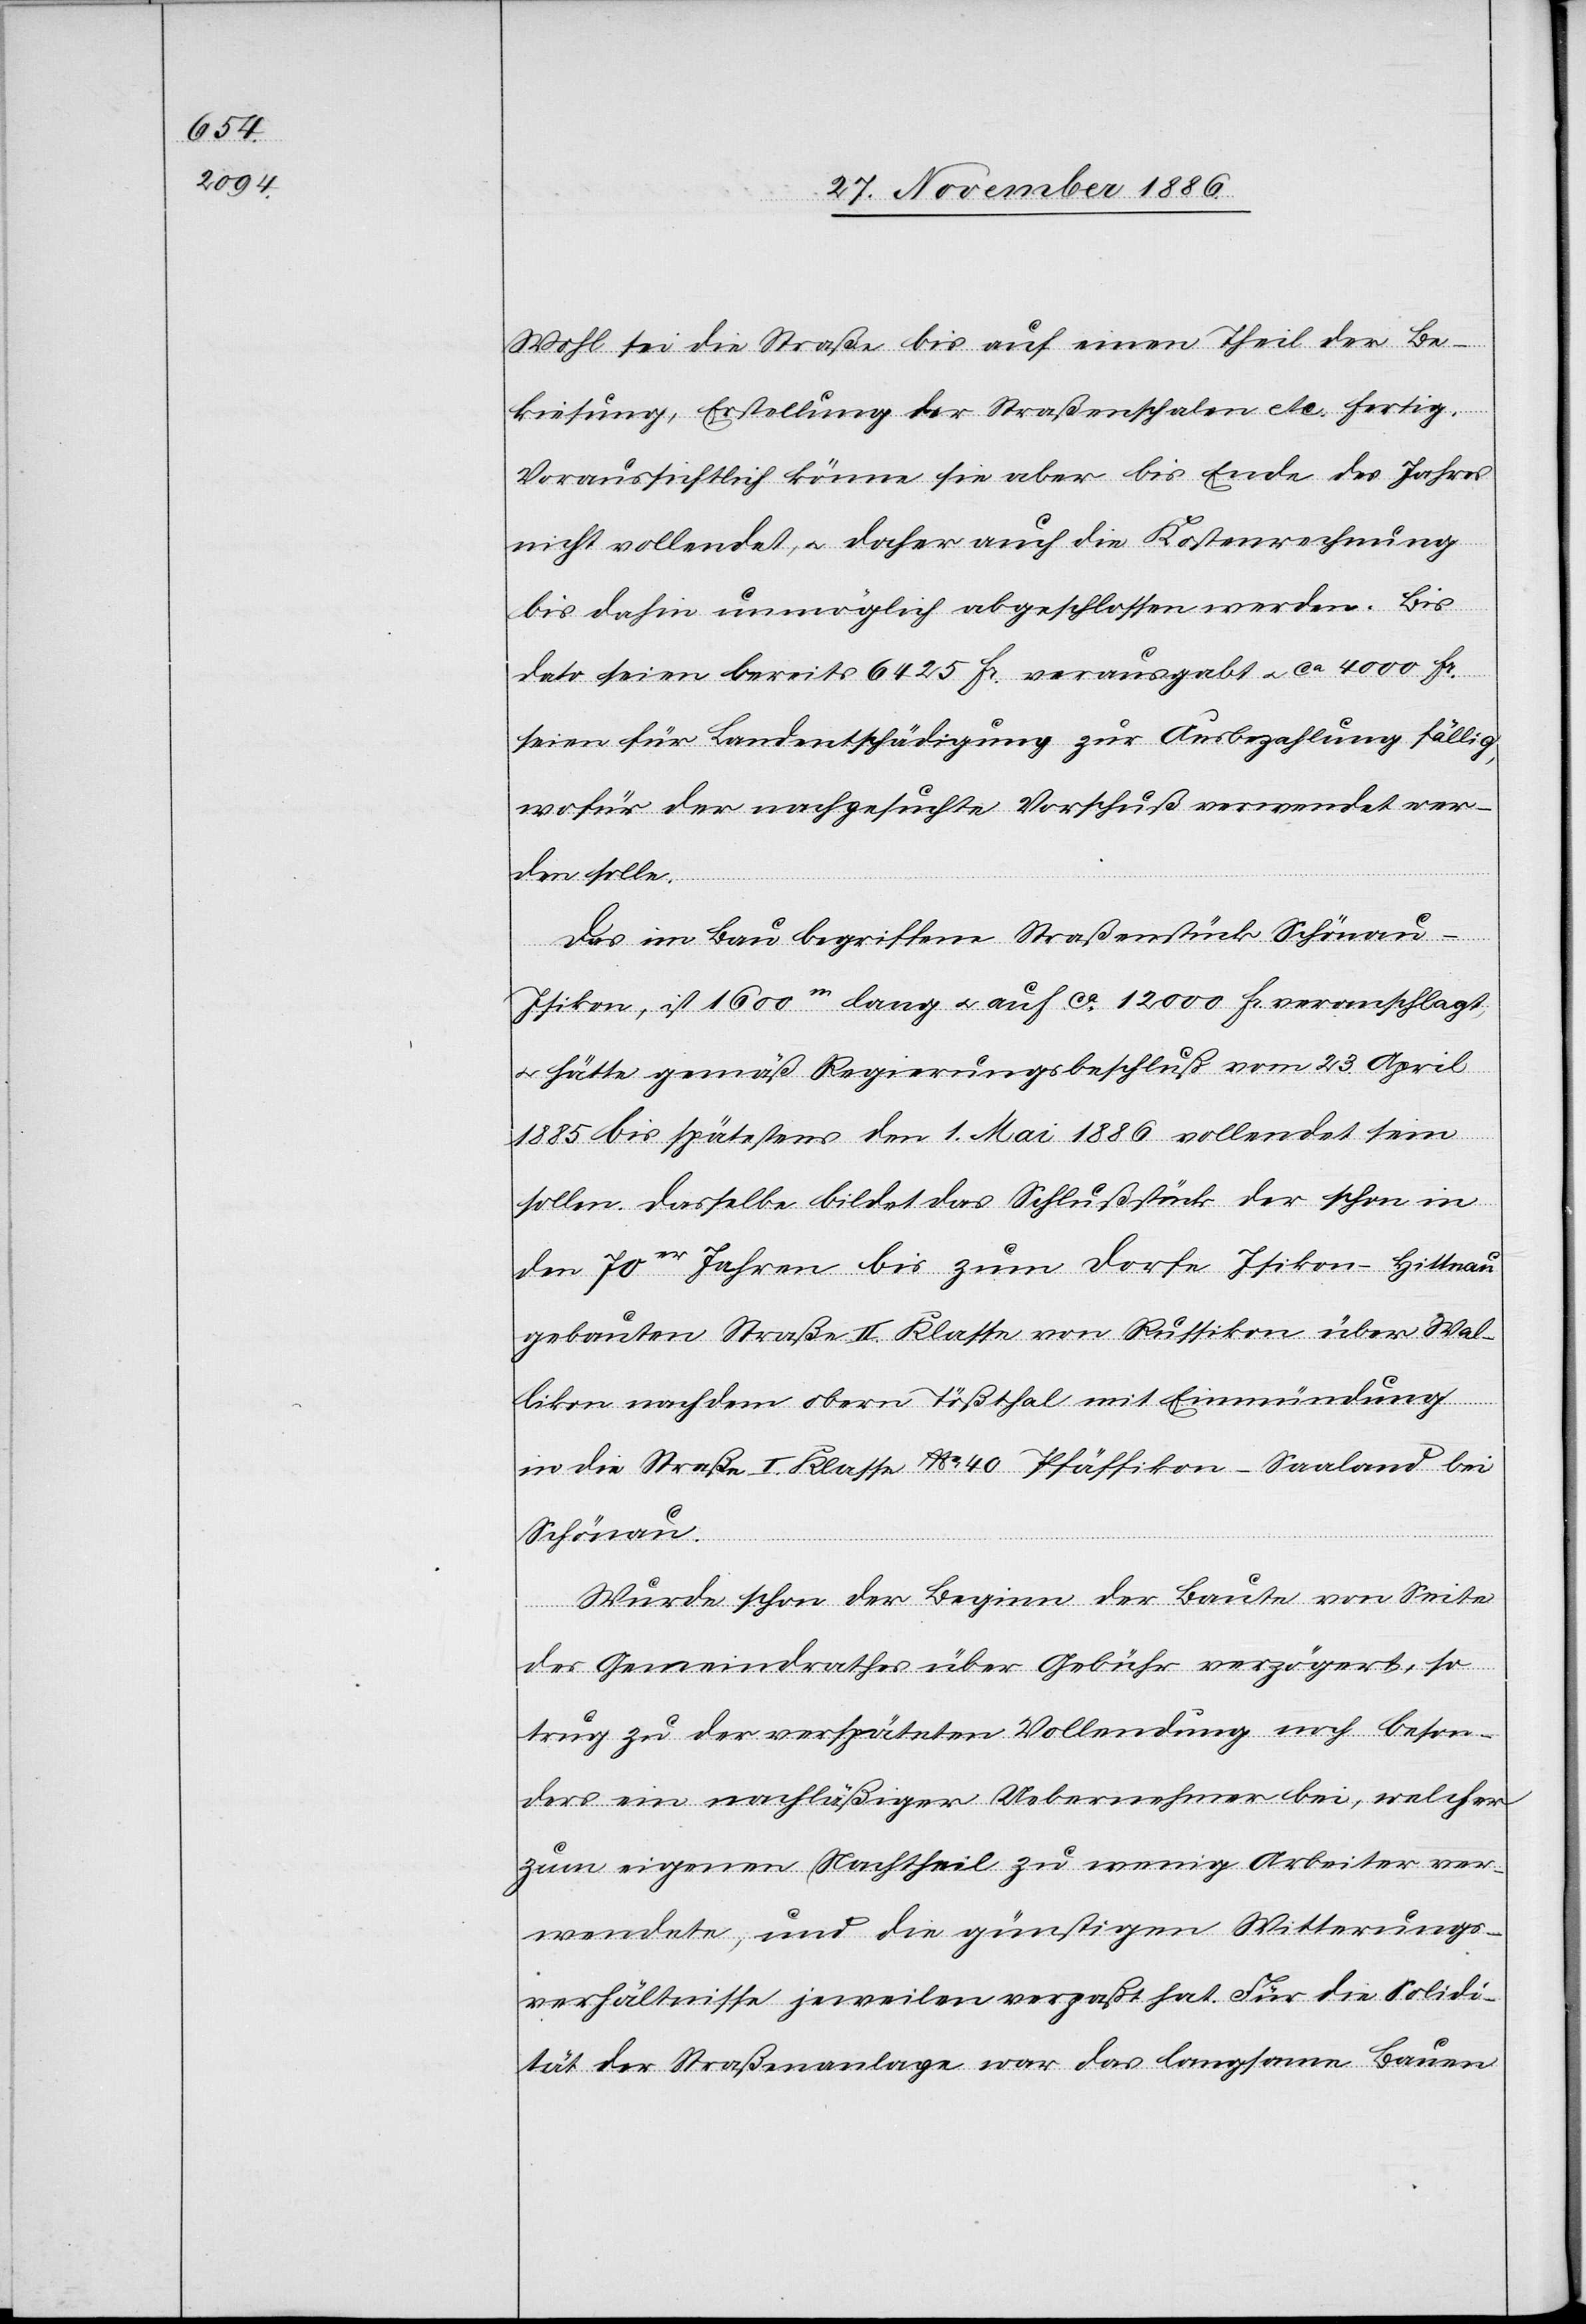
Wohl sei die Straße bis auf einen Theil der Be¬
kiesung, Erstellung der Straßenschalen etc. fertig.
Voraussichtlich könne sie aber bis Ende des Jahres
nicht vollendet, & daher auch die Kostenrechnung
bis dahin unmöglich abgeschlossen werden. Bis
dato seien bereits 6425 Fr. verausgabt & ca 4000 Fr.
seien für Landentschädigung zur Ausbezahlung fällig,
wofür der nachgesuchte Vorschuß verwendet wer¬
den solle.
Das im Bau begriffene Straßenstück Schönau–I¬
sikon, ist 1600m lang & auf ca 12 000 Fr. veranschlagt,
& hätte gemäß Regierungsbeschluß vom 23. April
1885 bis spätestens den 1. Mai 1886 vollendet sein
sollen. Dasselbe bildet das Schlußstück der schon in
den 70er Jahren bis zum Dorfe Isikon - Hittnau
gebauten Straße II. Klasse von Russikon über Wal¬
likon nach dem obern Tößthal mit Einmündung
in die Straße I. Klasse No 40 Pfäffikon–Saaland bei
Schönau.
Wurde schon der Beginn der Baute von Seite
des Gemeindrathes über Gebühr verzögert, so
trug zu der verspäteten Vollendung noch beson¬
ders ein nachläßiger Uebernehmer bei, welcher
zum eigenen Nachtheil zu wenig Arbeiter ver¬
wendete, und die günstigen Witterungs¬
verhältnisse jeweilen verpaßt hat. Für die Solidi¬
tät der Straßenanlage war das langsame Bauen